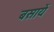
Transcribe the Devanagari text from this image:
बसायें